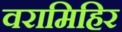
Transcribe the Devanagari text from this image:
वरामिहिर